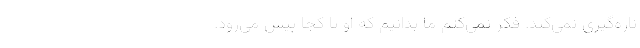
ناره‌گیری نمی‌کند. فکر نمی‌کنم ما بدانیم که او تا کجا پیش می‌رود.